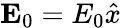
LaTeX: \mathbf{E}_{0}=E_{0}\hat{x}